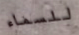
للسماء